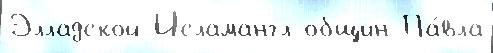
Элладской Исламангл общин Па́вла